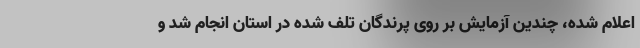
اعلام شده، چندین آزمایش بر روی پرندگان تلف شده در استان انجام شد و